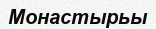
Монастырьы